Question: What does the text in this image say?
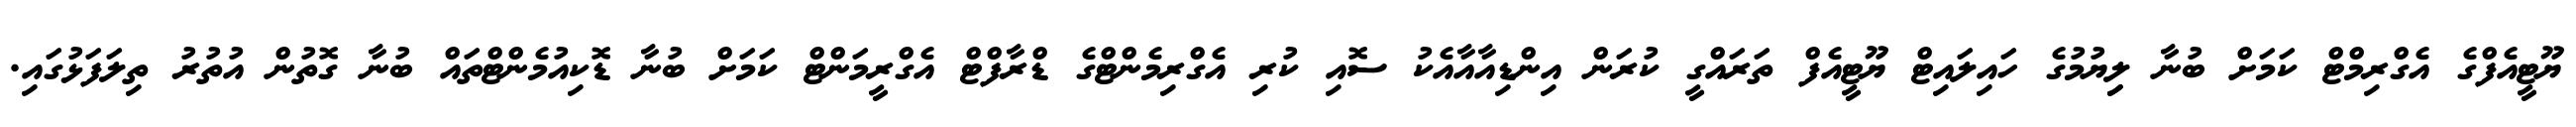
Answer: ޔޫޓީއެފްގެ އެގްރިމްޓް ކަމަށް ބުނާ ލިިޔުމުގެ ހައިލައިޓް ޔޫޓީއެފް ތަރައްގީ ކުރަން އިންޑިއާއާއެކު ސޮއި ކުރި އެގްރިމެންޓްގެ ޑްރާފްޓް އެގްރީމަންޓް ކަމަށް ބުނާ ޑޮކިއުމެންޓްތައް ބުނާ ގޮތުން އުތުރު ތިލަފަޅުގައި.